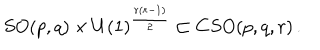
LaTeX: S O ( p , q ) \times U ( 1 ) ^ { \frac { r \left( r - 1 \right) } { 2 } } \subset C S O ( p , q , r ) \, .